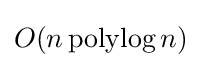
O(n\operatorname {polylog} n)